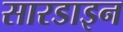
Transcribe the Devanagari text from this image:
सारडाइन